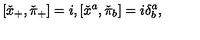
[ \check { x } _ { + } , \check { \pi } _ { + } ] = i , [ \check { x } ^ { a } , \check { \pi } _ { b } ] = i \delta _ { b } ^ { a } ,